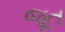
જૂત